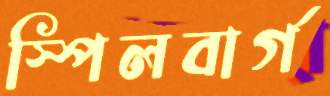
স্পিলবার্গ